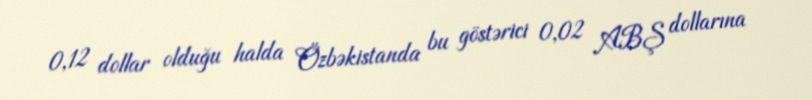
0,12 dollar olduğu halda Özbəkistanda bu göstərici 0,02 ABŞ dollarına